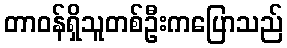
တာဝန်ရှိသူတစ်ဦးကပြောသည်